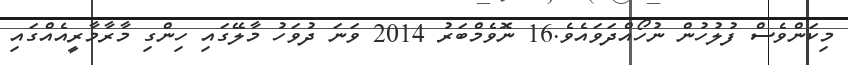
މިކަންވެސް ފުލުހުން ނުހޯއްދަވައެވެ.16 ނޮވެމްބަރު 2014 ވަނަ ދުވަހު މާލޭގައި ހިންގި މާރާމާރީއެއްގައި